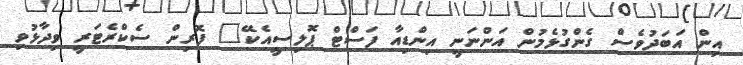
އިން އަބަދުވެސް ގެންގުޅެމުން އަންނަނީ އިންޑިއާ ފަސްޓް ޕޮލިސީއެކޭ" ފޮރިން ސެކްރެޓަރީ ވިދާޅުވި